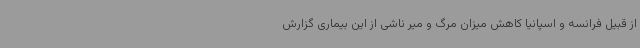
از قبیل فرانسه و اسپانیا کاهش میزان مرگ و میر ناشی از این بیماری گزارش